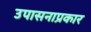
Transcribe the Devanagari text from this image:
उपासनाप्रकार